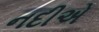
નદીએ